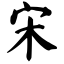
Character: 宋